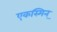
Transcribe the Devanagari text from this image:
एकस्मिन्